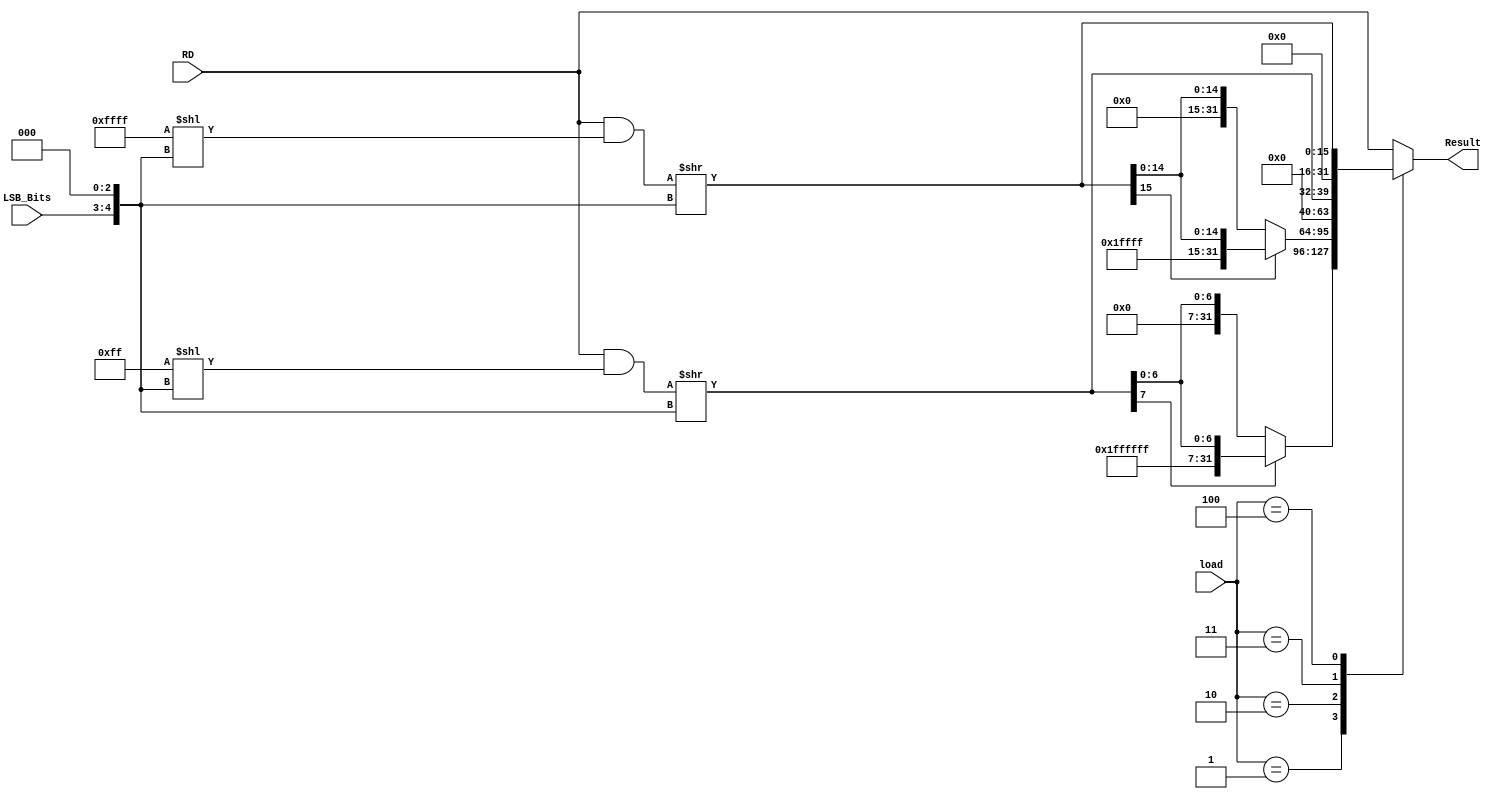
module load_extend_rev1(
	input [31:0] RD,
	input [1:0] LSB_Bits,
	input [2:0] load,
	output reg [31:0] Result
);

	reg [31:0] temp, temp2;
	
	always @(*) begin
		//temp <= 32'hff << ({LSB_Bits,3'b0});
		//temp2 <= 32'hffff << ({LSB_Bits,3'b0});
		
		//little endian
		temp <= (RD & (32'hff << ({LSB_Bits,3'b0}))) >> ({LSB_Bits,3'b0});
		temp2 <= (RD & (32'hffff << ({LSB_Bits,3'b0}))) >> ({LSB_Bits,3'b0});

		//big endian
		//temp <= (RD & (32'hff << ({~LSB_Bits,3'b0}))) >> ({~LSB_Bits,3'b0});
		//temp2 <= (RD & (32'hffff << ({~LSB_Bits,3'b0}))) >> ({~LSB_Bits,3'b0});
		
		case(load)
			3'b001: Result <= temp[7]  ?  {24'hffffff,temp[7:0]} : {24'h0,temp[7:0]};	//lb
			//3'b001: Result <= temp[31]  ?  {24'hffffff,temp[31:24]} : {24'h0,temp[31:24]};	//lb
			3'b010: Result <= temp2[15] ? {16'hffff,temp2[15:0]} : {16'h0,temp2[15:0]}; //lh
			//3'b010 :	Result <= {{16{RD[7]}},RD[15:0]};
			3'b011: Result <= {24'h0,temp[7:0]};	//lbu
			//3'b011 :	Result <= {24'b0,RD[7:0]};
			3'b100: Result <= {16'h0,temp2[15:0]};	//lhu
			//3'b100 :	Result <= {16'b0,RD[15:0]};
			default: Result <= RD;	//lw
		endcase
	end

endmodule